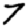
Digit: 7